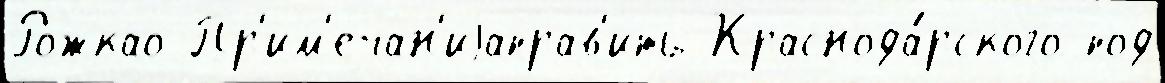
Рожкао Пр'им'ечан'иjаправ'ить Краснода́рского под